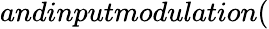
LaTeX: andinputmodulation(